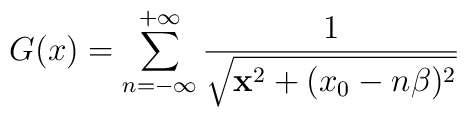
G(x )=\sum_{n=-\infty }^{+\infty } \frac{1}{\sqrt{{\bf x}^2+(x_0-n\beta )^2}}